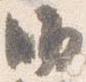
師